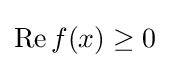
\operatorname {Re} f(x)\geq 0